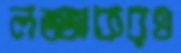
লজ্জাকরও